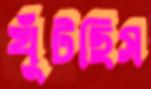
খুঁটছিস